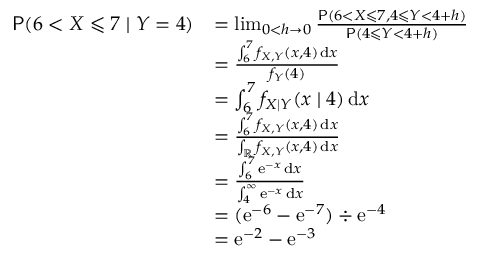
\begin{array} { r l } { \mathsf P ( 6 < X \leqslant 7 \mid Y = 4 ) } & { = \operatorname* { l i m } _ { 0 < h \to 0 } \frac { \mathsf P ( 6 < X \leqslant 7 , 4 \leqslant Y < 4 + h ) } { \mathsf P ( 4 \leqslant Y < 4 + h ) } } \\ & { = \frac { \int _ { 6 } ^ { 7 } f _ { X , Y } ( x , 4 ) \, \mathrm d x } { f _ { Y } ( 4 ) } } \\ & { = \int _ { 6 } ^ { 7 } f _ { X \mid Y } ( x \mid 4 ) \, \mathrm d x } \\ & { = \frac { \int _ { 6 } ^ { 7 } f _ { X , Y } ( x , 4 ) \, \mathrm d x } { \int _ { \mathbb R } f _ { X , Y } ( x , 4 ) \, \mathrm d x } } \\ & { = \frac { \int _ { 6 } ^ { 7 } \mathrm e ^ { - x } \, \mathrm d x } { \int _ { 4 } ^ { \infty } \mathrm e ^ { - x } \, \mathrm d x } } \\ & { = ( \mathrm e ^ { - 6 } - \mathrm e ^ { - 7 } ) \div \mathrm e ^ { - 4 } } \\ & { = \mathrm e ^ { - 2 } - \mathrm e ^ { - 3 } } \end{array}